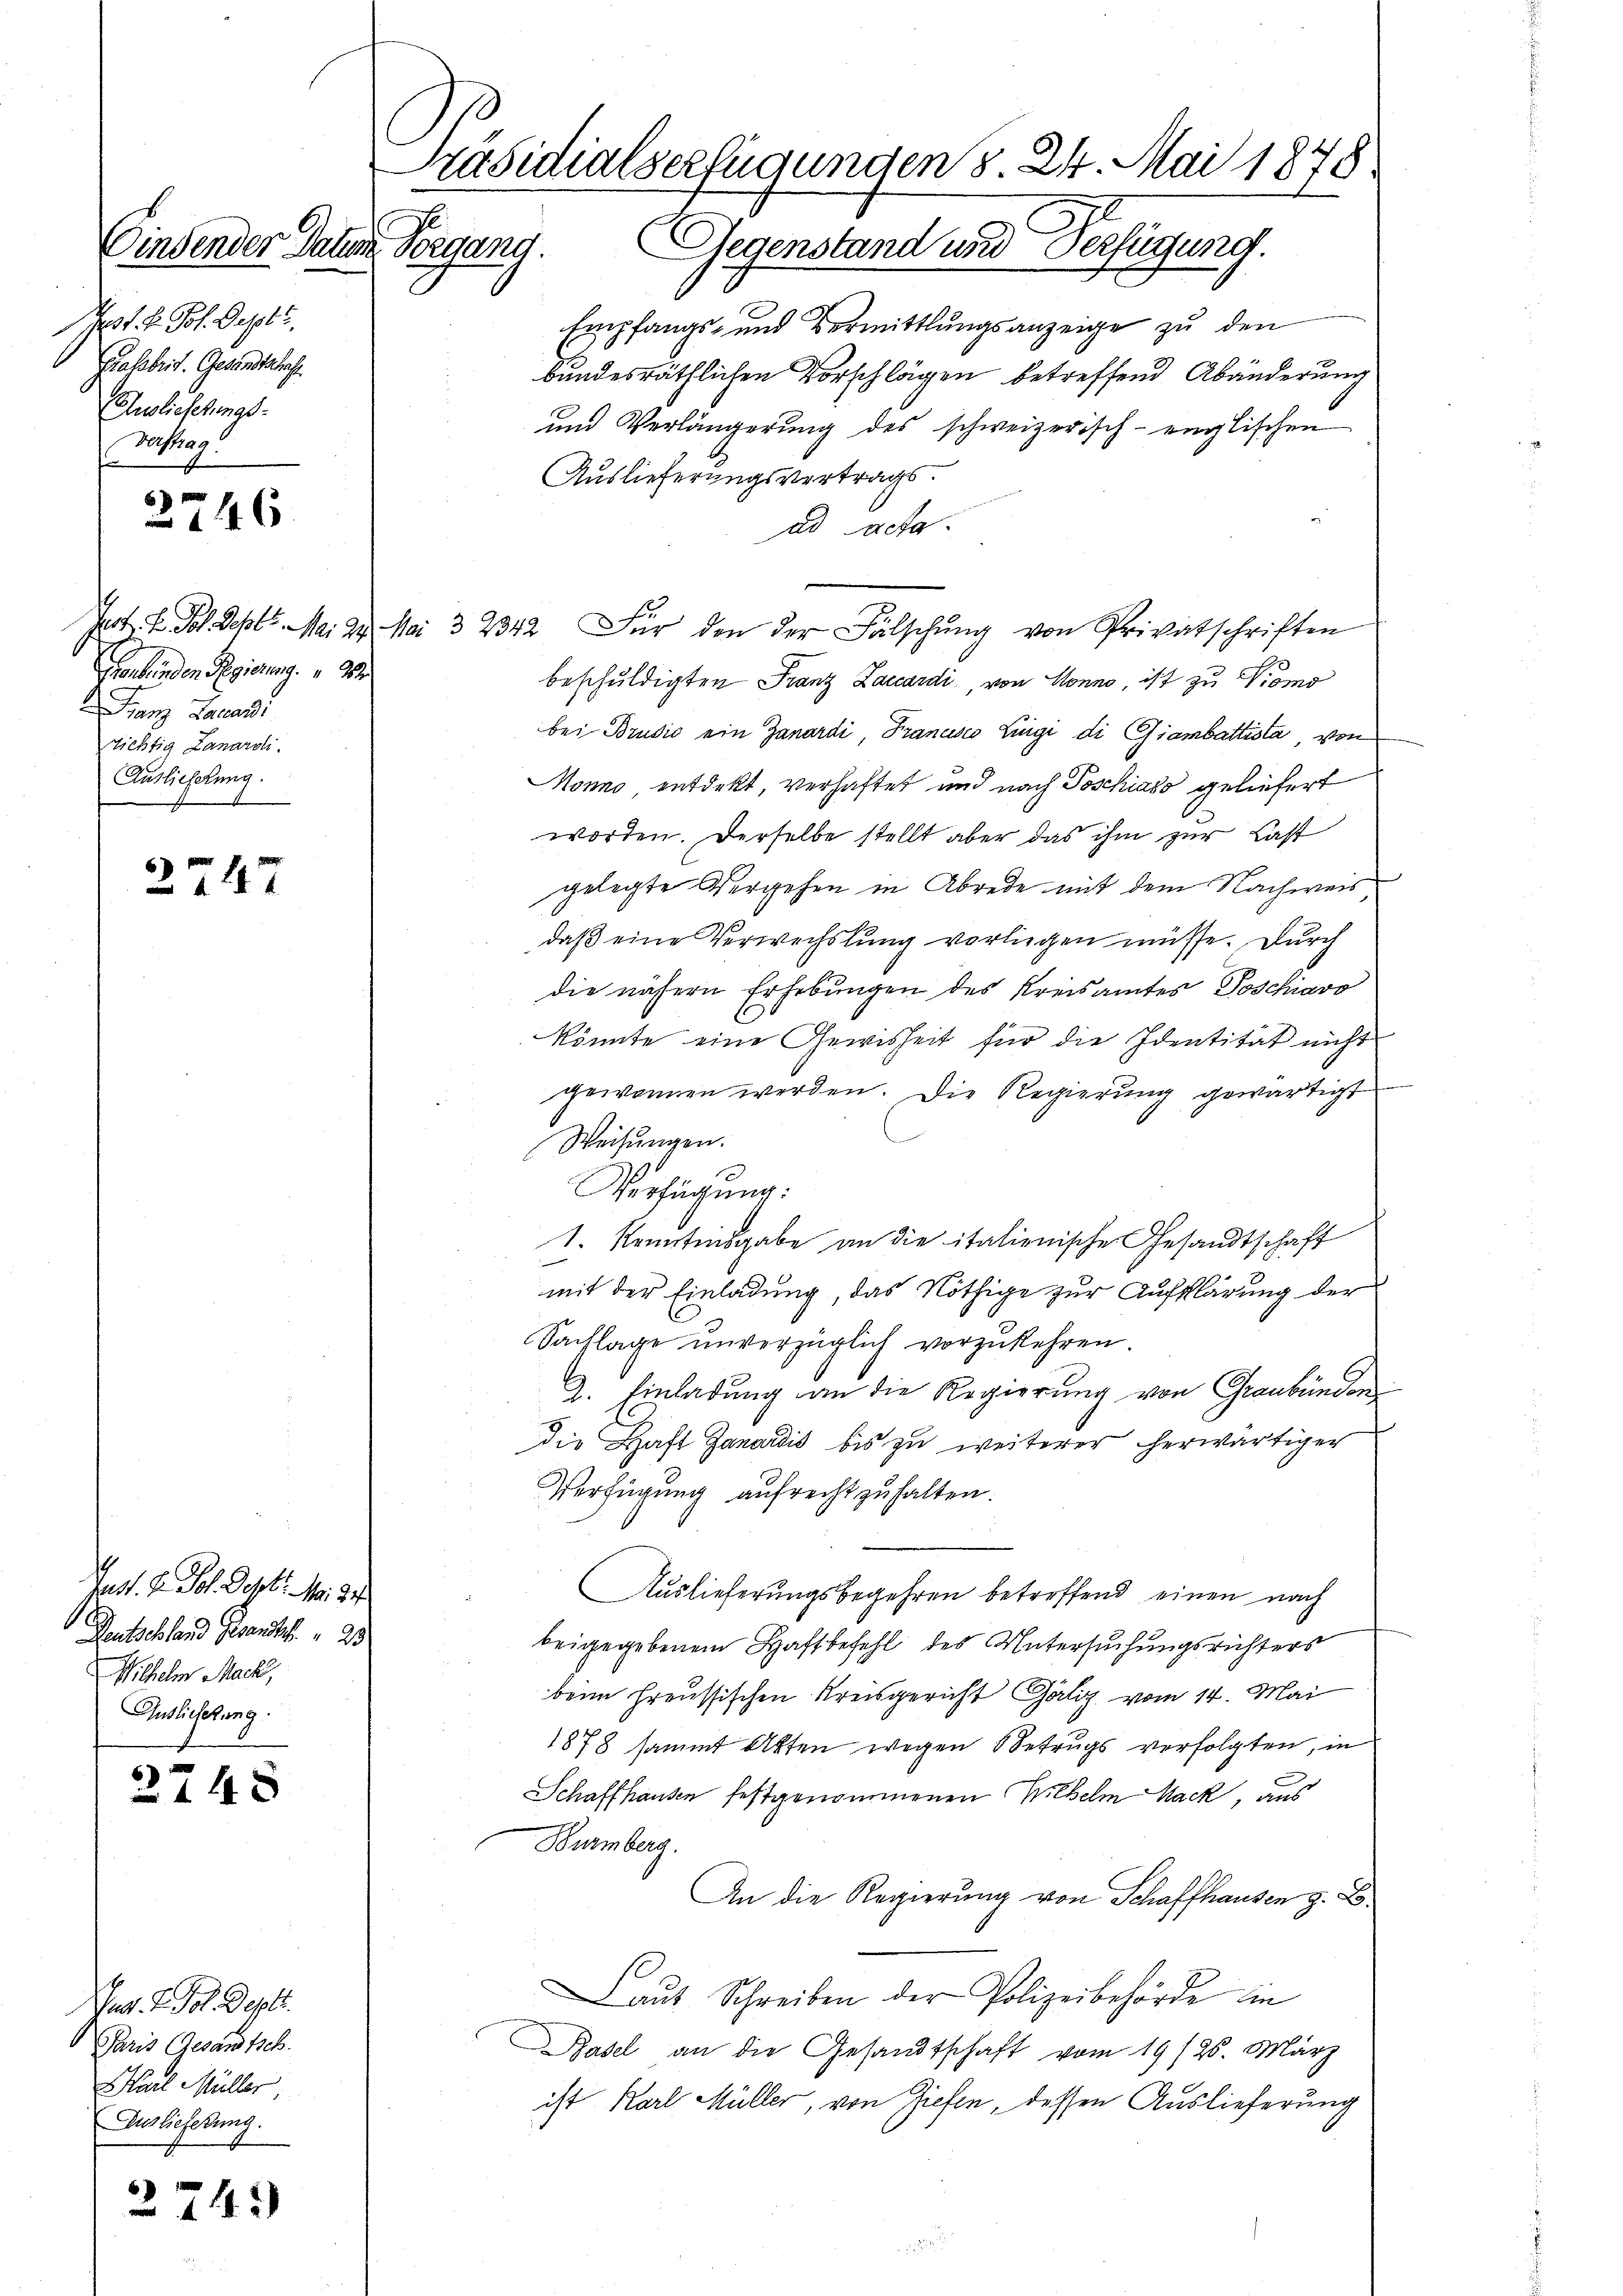
Einsender Paten Vergang.
11. 2. Joh. Sept.
Grassbeit. Gesandtschaft
Auslieferungs-
Gerstrag

2746

2247

Jast. H. Joh. Dezbr. Mr. 24
Deutschland Brandt. " 23
Wilhelm Mack,
Auslicherung

2748

g. T. Joh. Sept.
Paris Gesandtsch.
Karl Müller
Auslieferung.

274)

Genbinden Regierung.
ranz Lacan
richtig Lanardi.
Auslichtung.

Präsidialserfügungen § 24. Mai 1878
Gegenstand und Verfügung.

Empfangs- und Vermittlungsanzeige zu den
bundesräthlichen Vorschlägen betreffend Abänderung
und Verlängerung des schweizerisch-englischen
Auslieferungsvertrags.
ad acta.
Jet. F. Joh. Sept. Mai 24. Mai 32342 für den der Fälschŭng von Privatschriften
beschuldigten Franz Laccardi, von Honno, ist zu Promo
bei Brusić ein Zanardi, Francisco Lingi di Giambattista, von
Mono entdekt, verhaftet und nach Poschiass geliefert
worden. Derselbe stellt aber das ihm zur Last
gelegte Vergehen in Abrede mit dem Nachweis
daβ eine Verwechslung vorliegen müsse. Durch
die nähern Erhebungen des Kreisamtes Poschiavo
könnte eine Gewisheit für die Identität nicht
gewonnen werden. Die Regierung gewärtigt
Weisŭngen.
Verfügung:
1. Kenntensgabe an die italienische Gesandtschaft
mit der Einladung, das Nöthige zur Aufklärung der
Sachlage unverzüglich vorzukehren.
2. Einladung an die Regierung von Graubünden
die Haft Janardis bis zu weiterer herwärtiger
Verfügung aufrecht zu halten.
Auslieferungsbegehren betreffend einen nach
beigegebenem Haftbefehl des Untersuchungsrichters
beim freussischen Kreisgericht Galiz vom 14. Mai
1878 sammt Akten wegen Betrugs verfolgten, in
Schaffhausen festgenommenen Wilhelm Nack, aus
Burmberg.
An die Regierung von Schaffhausen z. B.
aŭt Schreiben der Polizeibehörde in
Basel an die Gesandtschaft vom 19/26. März
ist Karl Müller, von Ziefen, dessen Auslieferung